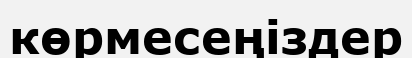
көрмесеңіздер